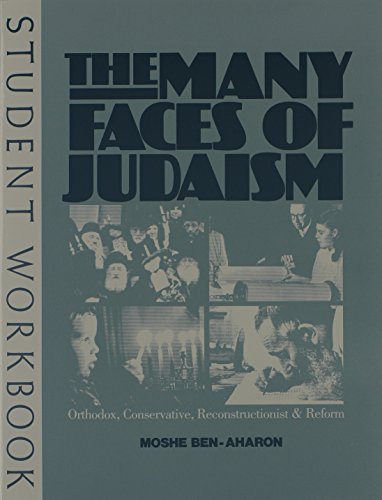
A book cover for The Many Faces of Judaism: Orthodox, Conservative, Reconstructionist & Reform; Moshe Ben Aharon; Teen & Young Adult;